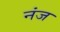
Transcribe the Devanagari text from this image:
नंज